Annual report of the Punjab Veterinary College and of the Civil Veterinary Department, Punjab - 1920-1925
Year: 1920
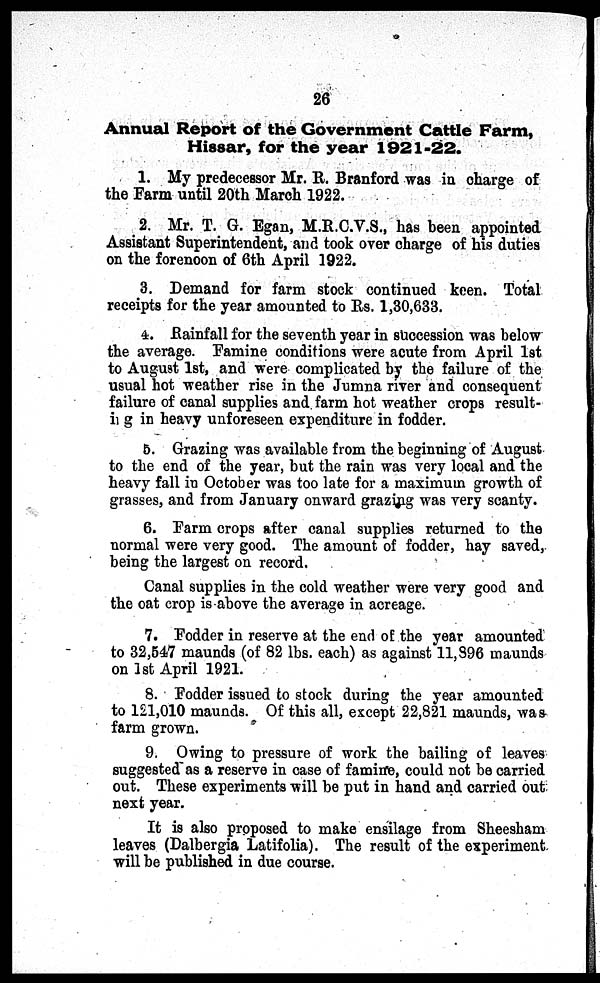
26
Annual Report of the Government Cattle Farm,
Hissar, for the year 1921-22.
1. My predecessor Mr. R. Branford was in charge of
the Farm until 20th March 1922.
2. Mr. T. G. Egan, M.R.C.V.S., has been appointed
Assistant Superintendent, and took over charge of his duties
on the forenoon of 6th April 1922.
3. Demand for farm stock continued keen. Total
receipts for the year amounted to Rs. 1,30,633.
4. Rainfall for the seventh year in succession was below
the average. Famine conditions were acute from April 1st
to August 1st, and were complicated by the failure of the
usual hot weather rise in the Jumna river and consequent
failure of canal supplies and farm hot weather crops result-
ing in heavy unforeseen expenditure in fodder.
5. Grazing was available from the beginning of August
to the end of the year, but the rain was very local and the
heavy fall in October was too late for a maximum growth of
grasses, and from January onward grazing was very scanty.
6. Farm crops after canal supplies returned to the
normal were very good. The amount of fodder, hay saved,
being the largest on record.
Canal supplies in the cold weather were very good and
the oat crop is above the average in acreage.
7. Fodder in reserve at the end of the year amounted
to 32,547 maunds (of 82 lbs. each) as against 11,396 maunds
on 1st April 1921.
8. Fodder issued to stock during the year amounted
to 121,010 maunds. Of this all, except 22,821 maunds, was
farm grown.
9. Owing to pressure of work the bailing of leaves
suggested as a reserve in case of famine, could not be carried
out. These experiments will be put in hand and carried out
next year.
It is also proposed to make ensilage from Sheesham
leaves (Dalbergia Latifolia). The result of the experiment
will be published in due course.